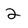
Character: 2